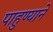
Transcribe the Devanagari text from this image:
पाहुण्याने